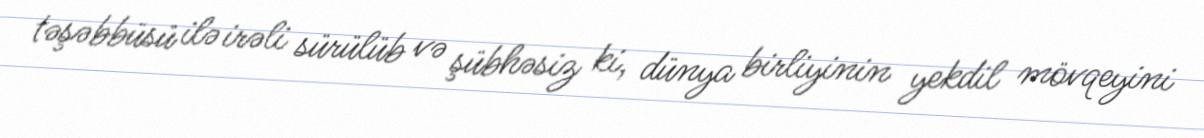
təşəbbüsü ilə irəli sürülüb və şübhəsiz ki, dünya birliyinin yekdil mövqeyini